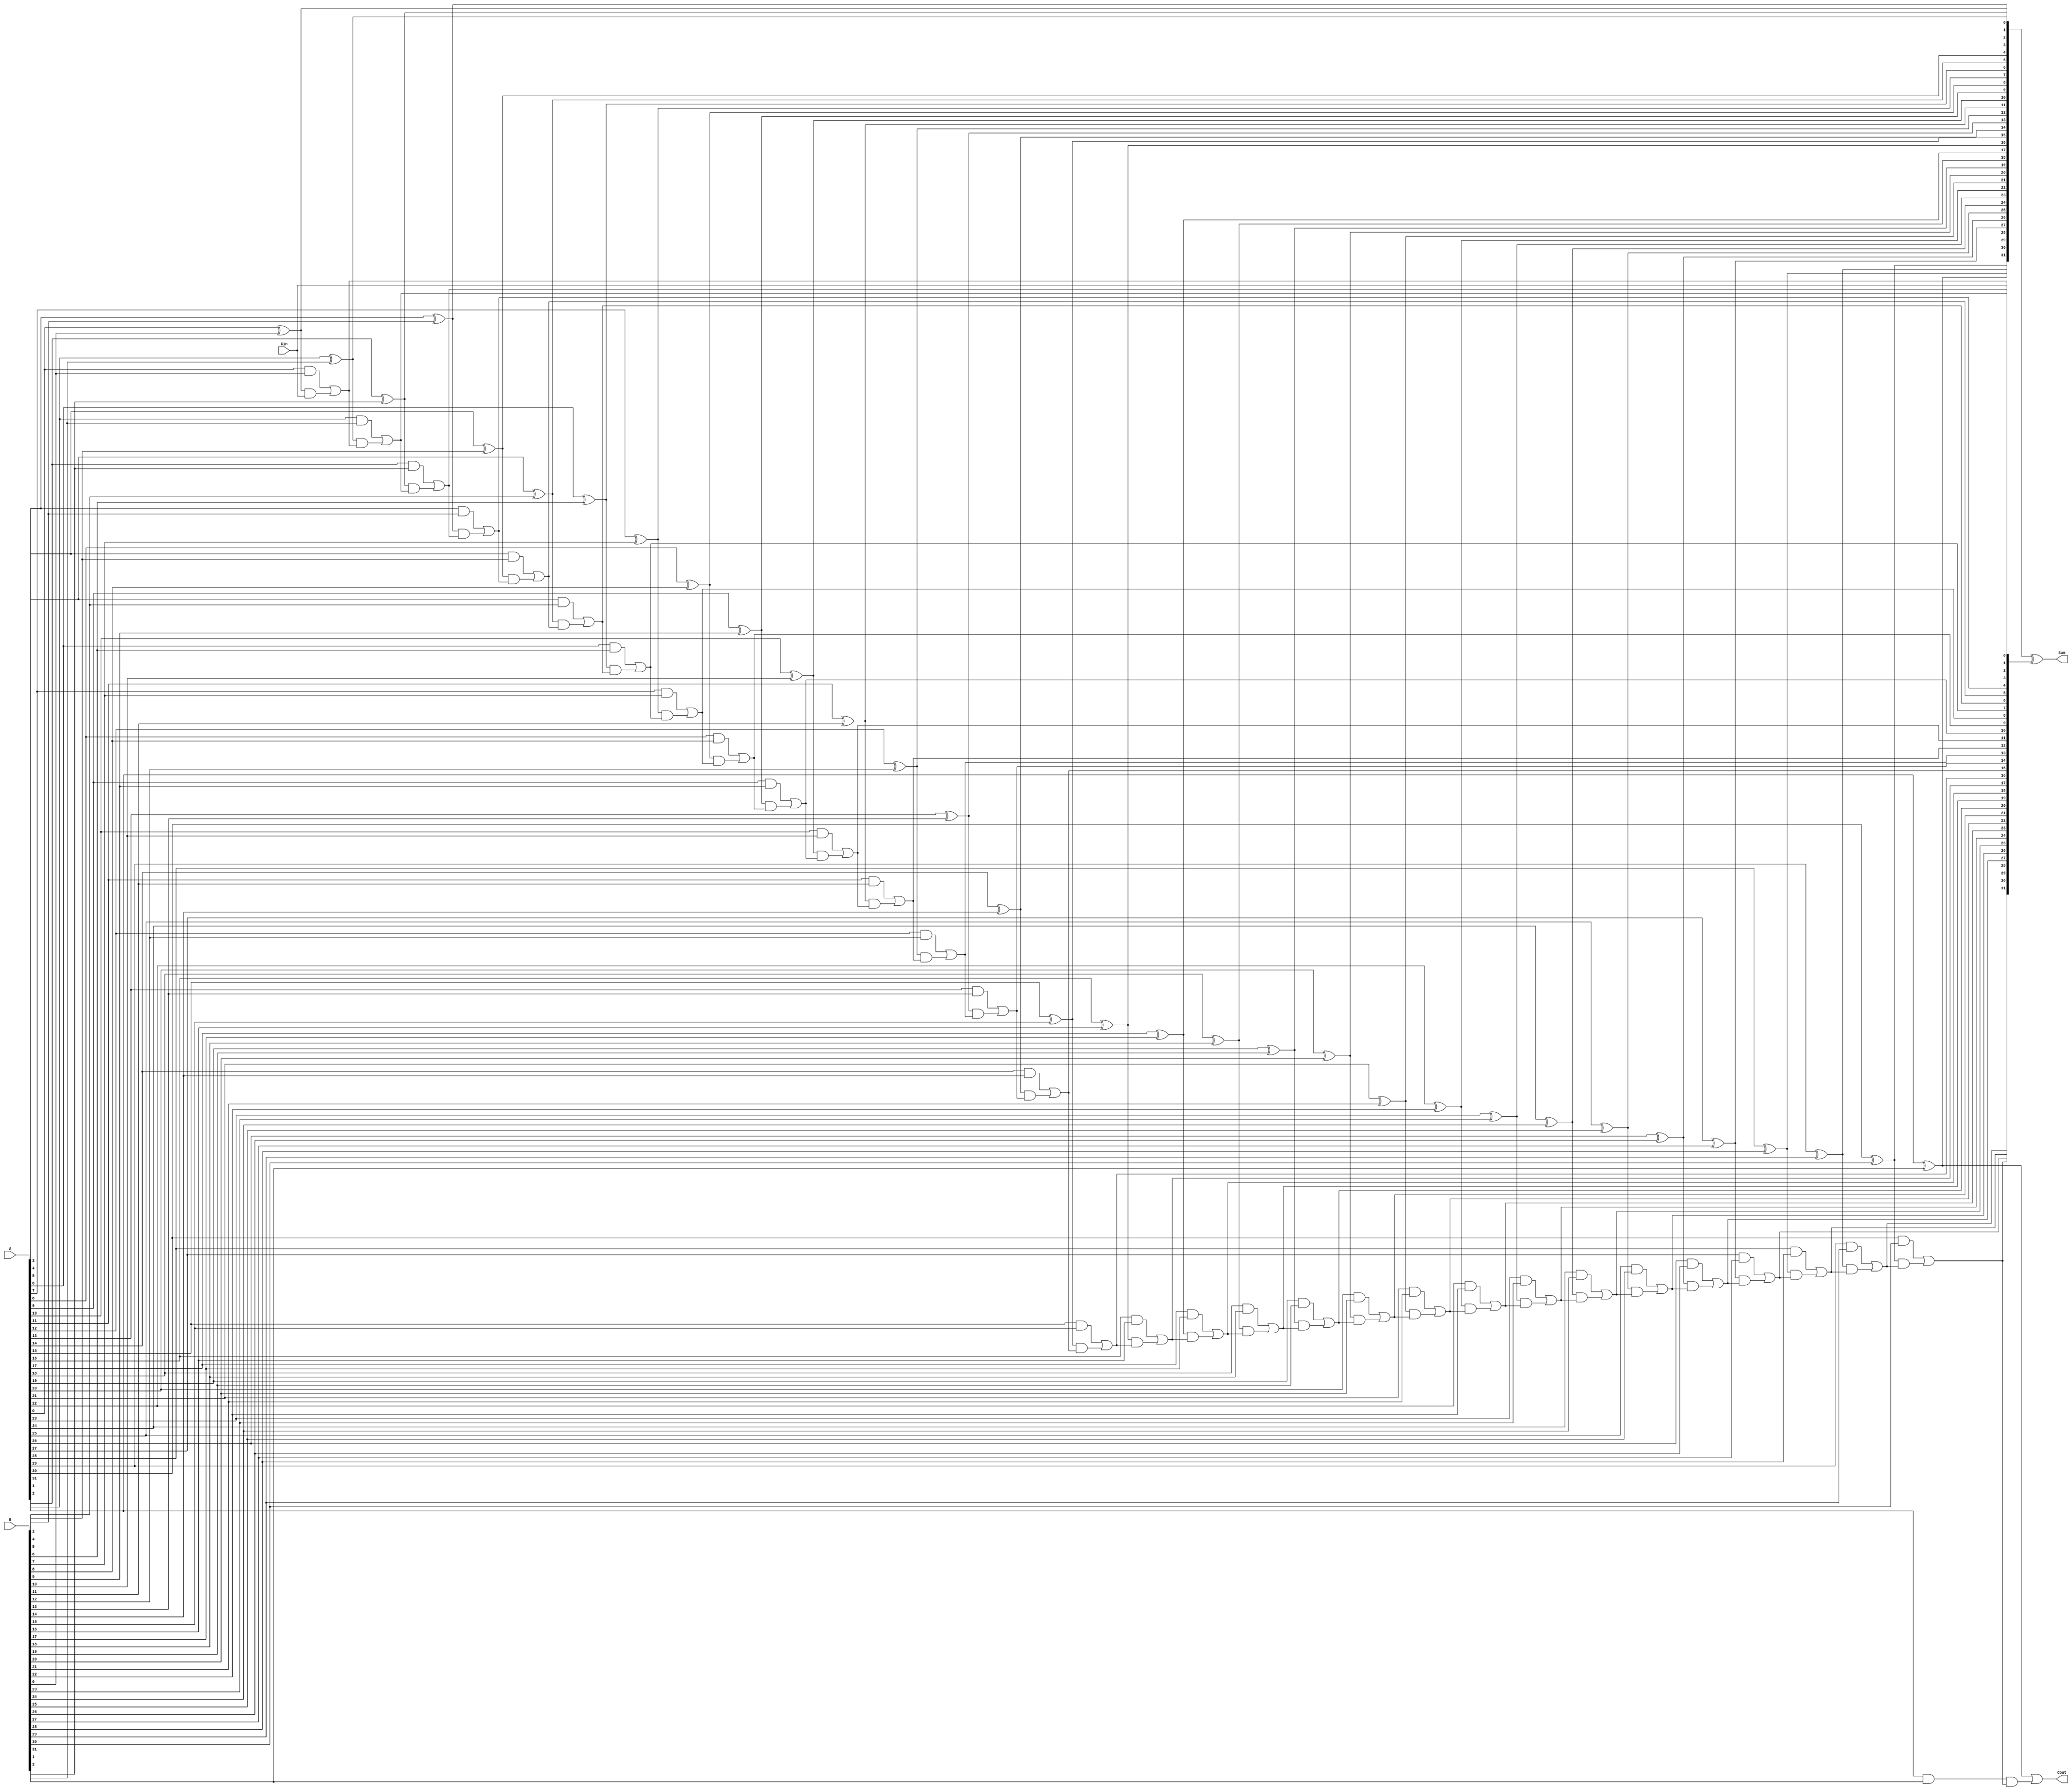
module Carry_Bypass_Adder (
    input [31:0] A,
    input [31:0] B,
    input Cin,
    output [31:0] Sum,
    output Cout
);

reg [31:0] P, G, C;
wire [31:0] C_out;

generate
    genvar i;
    for (i=0; i < 32; i=i+1) begin
        assign P[i] = A[i] ^ B[i];
        assign G[i] = A[i] & B[i];
    end
endgenerate

assign C[0] = Cin;
assign C_out[0] = P[0] | (G[0] & C[0]);

generate
    genvar i;
    for (i=1; i < 32; i=i+1) begin
        assign C[i] = G[i-1] | (P[i-1] & C[i-1]);
        assign C_out[i] = P[i] | (G[i] & C[i]);
    end
endgenerate

assign Sum = P ^ C;
assign Cout = C_out[31];

endmodule